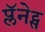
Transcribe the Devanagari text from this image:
प्लॅनेट्स